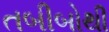
તબીબોથી